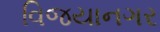
વિજયાનગર